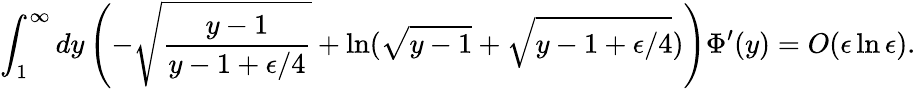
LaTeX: \int_{1}^{\infty}dy\left(-\sqrt{\frac{y-1}{y-1+\epsilon/4}}+\ln(\sqrt{y-1}+\sqrt{y-1+\epsilon/4})\right)\Phi^{\prime}(y)=O(\epsilon\ln\epsilon).